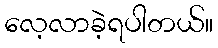
လေ့လာခဲ့ရပါတယ်။